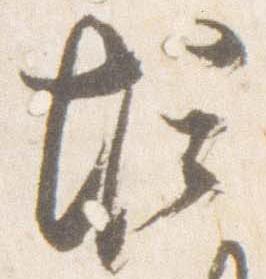
堀